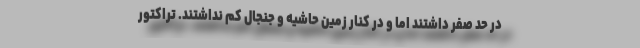
در حد صفر داشتند اما و در کنار زمین حاشیه و جنجال کم نداشتند. تراکتور